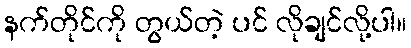
နက်တိုင်ကို တွယ်တဲ့ ပင် လိုချင်လို့ပါ။